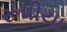
રૂપીયા